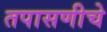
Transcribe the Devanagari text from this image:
तपासणीचे